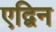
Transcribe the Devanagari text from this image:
एद्विन